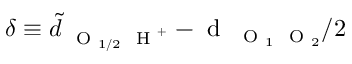
\delta \equiv \tilde { d } _ { \mathrm { ~ \scriptsize ~ O ~ } _ { 1 / 2 } \mathrm { ~ \scriptsize ~ H ~ } ^ { + } } - \mathrm { ~ d ~ } _ { \mathrm { ~ \scriptsize ~ O ~ } _ { 1 } \mathrm { ~ \scriptsize ~ O ~ } _ { 2 } } / 2